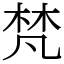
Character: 梵